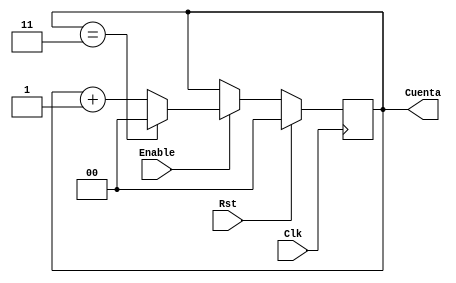
`timescale 1ns / 1ps
//////////////////////////////////////////////////////////////////////////////////
// Company: 
// Engineer: 
// 
// Design Name: 
// Module Name: Cont0a3
// Project Name: 
// Target Devices: 
// Tool Versions: 
// Description: 
// 
// Dependencies: 
// 
// Revision:
// Revision 0.01 - File Created
// Additional Comments:
// 
//////////////////////////////////////////////////////////////////////////////////


module Cont0a3(
    input Enable,
    input Rst,
    input Clk,
    output [1:0] Cuenta
    );
    
    reg [1:0] inc = 0;
    always @(posedge Clk)
    begin
        if (Rst)
            inc = 2'b00;
        else
            if (Enable)
                if (inc == 2'b11)
                    inc = 2'b00;
                else
                    inc = inc + 1'b1;
    end
    
    assign Cuenta = inc;
    
endmodule